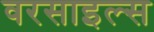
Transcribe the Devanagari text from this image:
वरसाइल्स